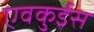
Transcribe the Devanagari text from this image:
एवकुईस